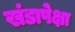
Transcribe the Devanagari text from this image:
खंडापेक्षा